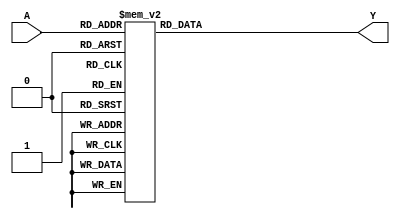
module lut1(A,Y);
input wire [4:0] A;
output reg Y;

//Mintermini
/*assign Y = 
	(~(A[4] | A[3] | A[2] | A[1]) & A[0]) | //m1
	(~(A[4] | A[3] | A[2] | A[0]) & A[1]) | //m2
	(~(A[4] | A[3] | A[2]) & A[1] & A[0]) | //m3
	(~(A[4] | A[3] | A[1] | A[0]) & A[2]) | //m4
	(~(A[4] | A[3] | A[0]) & A[2] & A[1]) | //m6
	(~(A[4] | A[2] | A[1] | A[0]) & A[3]) | //m8
	(~(A[4] | A[2] | A[0]) & A[3] & A[1]) | //m10
	(~(A[4] | A[2]) & A[3] & A[1] & A[0]) | //m11
	(~(A[4] | A[0]) & A[3] & A[2] & A[1]) | //m14
	(~(A[3] | A[2] | A[1]) & A[4] & A[0]) | //m17
	(~(A[3] | A[2] | A[0]) & A[4] & A[1]) | //m18
	(~(A[3] | A[1]) & A[4] & A[2] & A[0]) | //m21
	(A[4] & ~A[3] & A[2] & A[1] & ~A[0]) | //m22
	(A[4] & ~A[3] & A[2] & A[1] & A[0]) | //m23
	(A[4] & A[3] & ~A[2] & ~A[1] & ~A[0]) | //m24
	(A[4] & A[3] & ~A[2] & ~A[1] & A[0]) | //m25
	(A[4] & A[3] & ~A[2] & A[1] & A[0]) | //m27
	(A[4] & A[3] & A[2] & ~A[1] & ~A[0]) | //m28
	(A[4] & A[3] & A[2] & ~A[1] & A[0]) | //m29
	(A[4] & A[3] & A[2] & A[1] & ~A[0]); //m30*/

//Blocco procedurale
always @ (A)
begin
	case (A)
		5'd0: Y<=1'b0;
		5'd5: Y<=1'b0;
		5'd7: Y<=1'b0;
		5'd9: Y<=1'b0;
		5'd12: Y<=1'b0;
		5'd13: Y<=1'b0;
		5'd15: Y<=1'b0;
		5'd16: Y<=1'b0;
		5'd19: Y<=1'b0;
		5'd20: Y<=1'b0;
		5'd26: Y<=1'b0;
		5'd31: Y<=1'b0;
		default: Y<=1'b1;
	endcase
end
endmodule